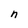
Character: n